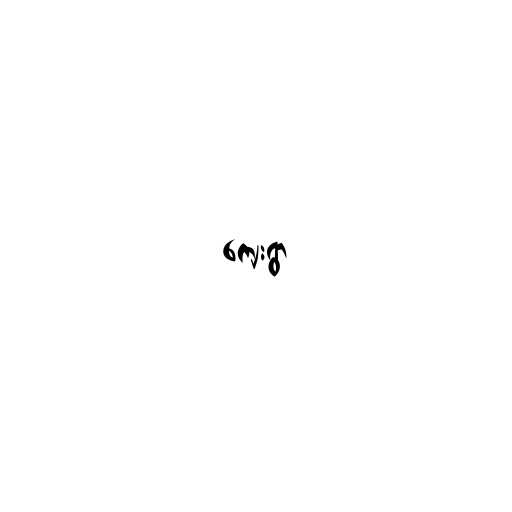
ကျေးရွာ